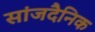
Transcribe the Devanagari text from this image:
सांजदैनिक